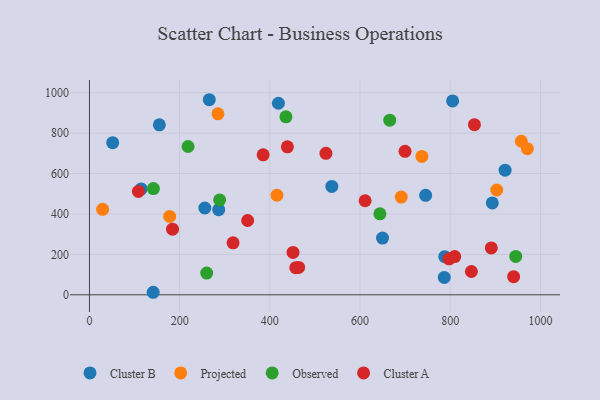
{"axis": {"x": "Engine Size", "y": "Yield"}, "legend": ["Cluster A", "Cluster B", "Observed", "Projected"], "data": [{"x": "265.7", "y": 965.5, "type": "Cluster B"}, {"x": "921.7", "y": 616.9, "type": "Cluster B"}, {"x": "155.0", "y": 841.1, "type": "Cluster B"}, {"x": "286.6", "y": 421.5, "type": "Cluster B"}, {"x": "51.5", "y": 752.7, "type": "Cluster B"}, {"x": "537.5", "y": 536.3, "type": "Cluster B"}, {"x": "786.8", "y": 86.1, "type": "Cluster B"}, {"x": "255.8", "y": 429.5, "type": "Cluster B"}, {"x": "649.9", "y": 280.8, "type": "Cluster B"}, {"x": "893.3", "y": 454.5, "type": "Cluster B"}, {"x": "114.7", "y": 524.2, "type": "Cluster B"}, {"x": "141.3", "y": 12.5, "type": "Cluster B"}, {"x": "419.0", "y": 948.0, "type": "Cluster B"}, {"x": "745.5", "y": 492.1, "type": "Cluster B"}, {"x": "787.9", "y": 188.5, "type": "Cluster B"}, {"x": "805.3", "y": 959.7, "type": "Cluster B"}, {"x": "415.8", "y": 492.8, "type": "Projected"}, {"x": "29.2", "y": 423.2, "type": "Projected"}, {"x": "691.4", "y": 483.6, "type": "Projected"}, {"x": "177.8", "y": 387.8, "type": "Projected"}, {"x": "903.2", "y": 518.8, "type": "Projected"}, {"x": "737.2", "y": 684.7, "type": "Projected"}, {"x": "971.1", "y": 723.1, "type": "Projected"}, {"x": "957.7", "y": 760.1, "type": "Projected"}, {"x": "285.0", "y": 895.6, "type": "Projected"}, {"x": "665.9", "y": 864.2, "type": "Observed"}, {"x": "141.8", "y": 525.6, "type": "Observed"}, {"x": "288.7", "y": 469.7, "type": "Observed"}, {"x": "644.1", "y": 400.8, "type": "Observed"}, {"x": "945.3", "y": 190.1, "type": "Observed"}, {"x": "260.0", "y": 107.7, "type": "Observed"}, {"x": "218.6", "y": 733.9, "type": "Observed"}, {"x": "435.7", "y": 880.9, "type": "Observed"}, {"x": "847.0", "y": 115.2, "type": "Cluster A"}, {"x": "385.2", "y": 692.6, "type": "Cluster A"}, {"x": "318.5", "y": 257.4, "type": "Cluster A"}, {"x": "940.6", "y": 89.7, "type": "Cluster A"}, {"x": "853.7", "y": 841.9, "type": "Cluster A"}, {"x": "891.1", "y": 232.0, "type": "Cluster A"}, {"x": "463.9", "y": 135.5, "type": "Cluster A"}, {"x": "611.3", "y": 465.6, "type": "Cluster A"}, {"x": "797.5", "y": 178.2, "type": "Cluster A"}, {"x": "810.0", "y": 189.4, "type": "Cluster A"}, {"x": "451.4", "y": 209.7, "type": "Cluster A"}, {"x": "350.8", "y": 367.8, "type": "Cluster A"}, {"x": "699.8", "y": 709.9, "type": "Cluster A"}, {"x": "438.9", "y": 732.2, "type": "Cluster A"}, {"x": "457.5", "y": 134.3, "type": "Cluster A"}, {"x": "108.5", "y": 511.6, "type": "Cluster A"}, {"x": "184.2", "y": 324.6, "type": "Cluster A"}, {"x": "524.4", "y": 700.4, "type": "Cluster A"}]}